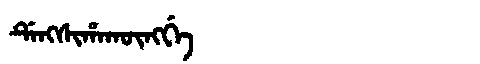
Manchu: ᡩᡝᠩᠰᡳᡥᠠᡴᡡᠩᡤᡝ
Romanization: DENGSIHAKŪNGGE